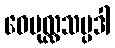
ဝေပုလ္လသမ္ပဒါ